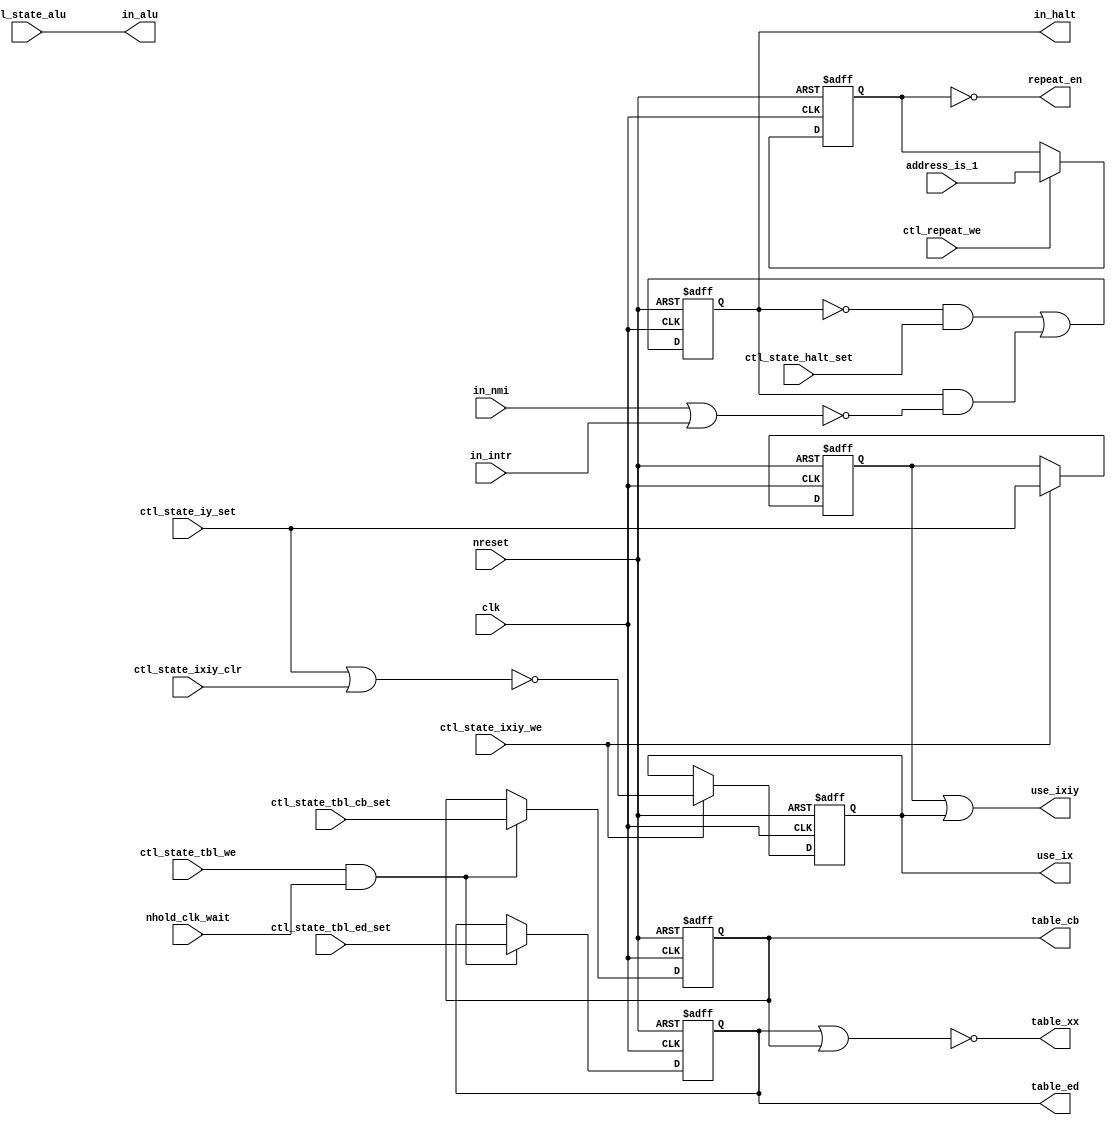
// Copyright (C) 1991-2013 Altera Corporation
// Your use of Altera Corporation's design tools, logic functions 
// and other software and tools, and its AMPP partner logic 
// functions, and any output files from any of the foregoing 
// (including device programming or simulation files), and any 
// associated documentation or information are expressly subject 
// to the terms and conditions of the Altera Program License 
// Subscription Agreement, Altera MegaCore Function License 
// Agreement, or other applicable license agreement, including, 
// without limitation, that your use is for the sole purpose of 
// programming logic devices manufactured by Altera and sold by 
// Altera or its authorized distributors.  Please refer to the 
// applicable agreement for further details.

// PROGRAM		"Quartus II 64-Bit"
// VERSION		"Version 13.0.1 Build 232 06/12/2013 Service Pack 1 SJ Web Edition"
// CREATED		"Sat Dec 10 08:55:35 2016"

module decode_state(
	ctl_state_iy_set,
	ctl_state_ixiy_clr,
	ctl_state_ixiy_we,
	ctl_state_halt_set,
	ctl_state_tbl_ed_set,
	ctl_state_tbl_cb_set,
	ctl_state_alu,
	clk,
	address_is_1,
	ctl_repeat_we,
	in_intr,
	in_nmi,
	nreset,
	ctl_state_tbl_we,
	nhold_clk_wait,
	in_halt,
	table_cb,
	table_ed,
	table_xx,
	use_ix,
	use_ixiy,
	in_alu,
	repeat_en
);


input wire	ctl_state_iy_set;
input wire	ctl_state_ixiy_clr;
input wire	ctl_state_ixiy_we;
input wire	ctl_state_halt_set;
input wire	ctl_state_tbl_ed_set;
input wire	ctl_state_tbl_cb_set;
input wire	ctl_state_alu;
input wire	clk;
input wire	address_is_1;
input wire	ctl_repeat_we;
input wire	in_intr;
input wire	in_nmi;
input wire	nreset;
input wire	ctl_state_tbl_we;
input wire	nhold_clk_wait;
output reg	in_halt;
output wire	table_cb;
output wire	table_ed;
output wire	table_xx;
output wire	use_ix;
output wire	use_ixiy;
output wire	in_alu;
output wire	repeat_en;

reg	DFFE_instNonRep;
reg	DFFE_instIY1;
reg	DFFE_inst4;
reg	DFFE_instED;
reg	DFFE_instCB;
wire	SYNTHESIZED_WIRE_0;
wire	SYNTHESIZED_WIRE_4;
wire	SYNTHESIZED_WIRE_3;

assign	in_alu = ctl_state_alu;
assign	table_cb = DFFE_instCB;
assign	table_ed = DFFE_instED;
assign	use_ix = DFFE_inst4;



assign	repeat_en =  ~DFFE_instNonRep;

assign	use_ixiy = DFFE_instIY1 | DFFE_inst4;

assign	table_xx = ~(DFFE_instED | DFFE_instCB);


always@(posedge clk or negedge nreset)
begin
if (!nreset)
	begin
	DFFE_inst4 <= 0;
	end
else
if (ctl_state_ixiy_we)
	begin
	DFFE_inst4 <= SYNTHESIZED_WIRE_0;
	end
end

assign	SYNTHESIZED_WIRE_0 = ~(ctl_state_iy_set | ctl_state_ixiy_clr);

assign	SYNTHESIZED_WIRE_4 = ctl_state_tbl_we & nhold_clk_wait;

assign	SYNTHESIZED_WIRE_3 = in_nmi | in_intr;


always@(posedge clk or negedge nreset)
begin
if (!nreset)
	begin
	DFFE_instCB <= 0;
	end
else
if (SYNTHESIZED_WIRE_4)
	begin
	DFFE_instCB <= ctl_state_tbl_cb_set;
	end
end


always@(posedge clk or negedge nreset)
begin
if (!nreset)
	begin
	DFFE_instED <= 0;
	end
else
if (SYNTHESIZED_WIRE_4)
	begin
	DFFE_instED <= ctl_state_tbl_ed_set;
	end
end


always@(posedge clk or negedge nreset)
begin
if (!nreset)
	begin
	in_halt <= 0;
	end
else
	begin
	in_halt <= ~in_halt & ctl_state_halt_set | in_halt & ~SYNTHESIZED_WIRE_3;
	end
end


always@(posedge clk or negedge nreset)
begin
if (!nreset)
	begin
	DFFE_instIY1 <= 0;
	end
else
if (ctl_state_ixiy_we)
	begin
	DFFE_instIY1 <= ctl_state_iy_set;
	end
end


always@(posedge clk or negedge nreset)
begin
if (!nreset)
	begin
	DFFE_instNonRep <= 0;
	end
else
if (ctl_repeat_we)
	begin
	DFFE_instNonRep <= address_is_1;
	end
end


endmodule